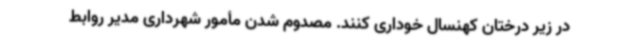
در زیر درختان کهنسال خوداری کنند. مصدوم شدن مأمور شهرداری مدیر روابط